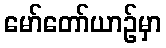
မော်တော်ယာဉ်မှာ